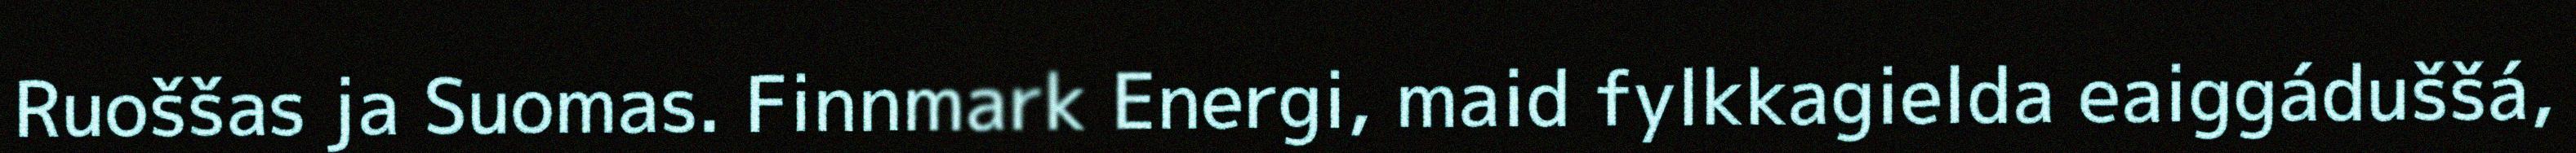
Ruoššas ja Suomas. Finnmark Energi, maid fylkkagielda eaiggáduššá,